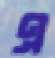
এ